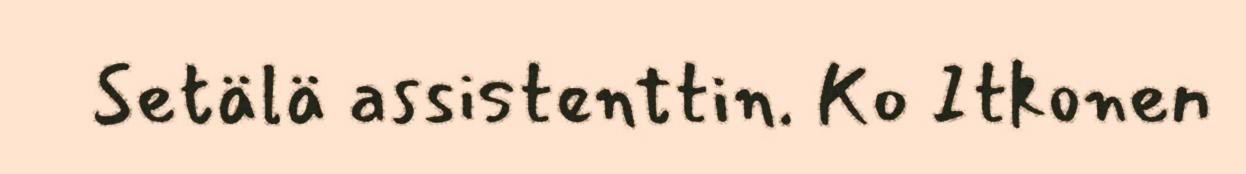
Setälä assistenttin. Ko Itkonen